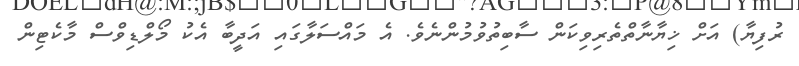
ރުފިޔާ) އަށް ޚިޔާނާތްތެރިވިކަން ސާބިތުވުމުންނެވެ. އެ މައްސަލާގައި އަދީބާ އެކު މޯލްޑިވްސް މާކެޓިން